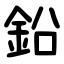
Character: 鉛